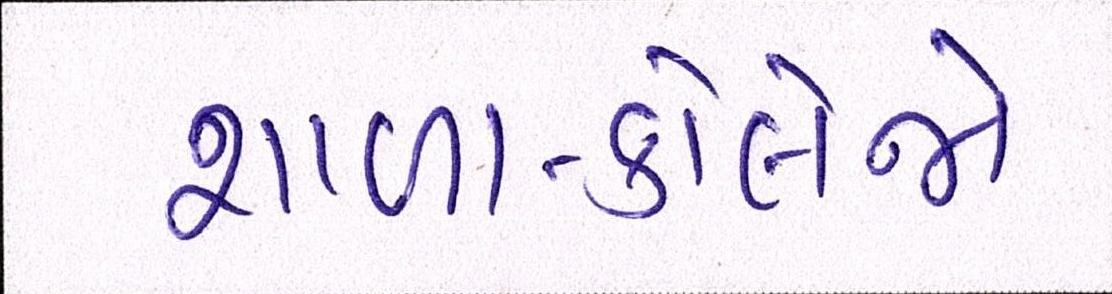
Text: શાળા-કોલેજો